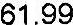
61.99